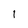
Character: i